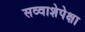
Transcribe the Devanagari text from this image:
सव्‍वाशेपेक्षा